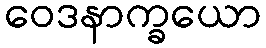
ဝေဒနာက္ခယော